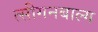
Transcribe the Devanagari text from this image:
त्सीगनबाल्ग